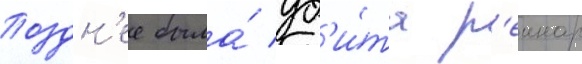
Поздн'ее была́ уб'и́та р'еинар